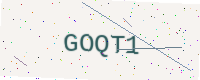
Text: GOQT1